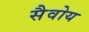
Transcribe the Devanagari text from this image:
सैवोय